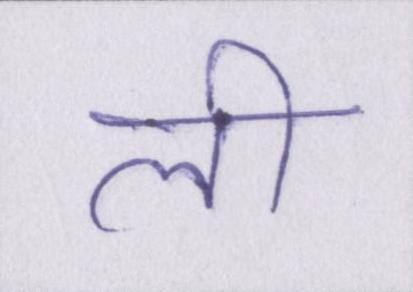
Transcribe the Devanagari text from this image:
ली